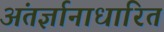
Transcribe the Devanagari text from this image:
अंतर्ज्ञानाधारित